King Institute of Preventive Medicine Micro-Biological Section reports 1912-19
Year: 1912
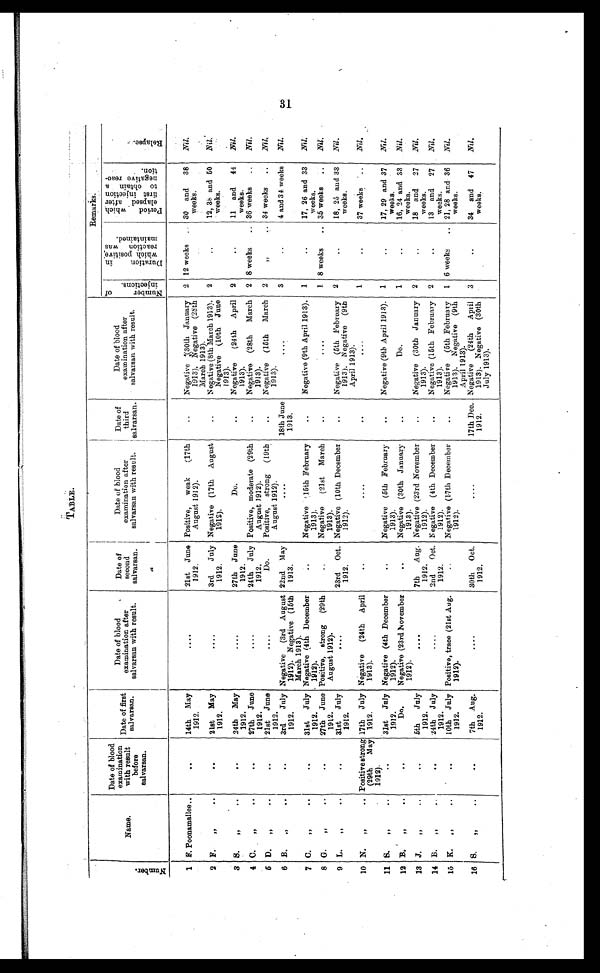
TABLE.
Nu mb e r .
Name.
Date of blood
examination
with result
before
salvarsan.
Date of first
salvarsan.
Date of blood
examination after
salvarsan with result.
Date of
second
salvarsan.
Date of blood
examination after
salvarsan with result.
Date of
third
salvarsan.
Date of blood
examination after
salvarsan with result.
Remarks.
Nu mb e r o f i n j e c t i o n s . D u r a t i o n i n w h i c h p o s i t i v e r e a c t i o n w a s m a i n t a i n e d .
P e r i o d w h i c h e l a p s e d a f t e r f i r s t i n j e c t i o n t o o b t a i n a n e g a t i v e r e a c - t i o n .
R e l a p s e .
1 F. Poonamallee..
..
14th May
1912.
....
21st June
1912.
Positive, weak
(17th
August 1912).
..
Negative (30th January
1913). Negative (28th
March 1913).
2 12 weeks .. 30 and 38
weeks.
Nil.
2 F.
"
..
..
21st May
1912.
....
3rd July
1912.
Negative (17th August
1912).
..
Negative (8th March 1913).
Negative (10th June
1913).
2
..
12, 38 and 50
weeks.
Nil
.
3 S.
"
..
..
24th May
1912.
....
27th June
1912.
Do.
..
Negative
(24th April
1913).
2
..
11 and 44
weeks.
Nil.
4 C.
"
..
..
27th June
1912.
....
24th July
1912.
Positive, moderate (29th
August 1912).
..
Negative (28th March
1913).
2 8 weeks
.. 36 weeks
..
Nil.
5 D.
"
..
..
21st June
1912.
....
Do.
Positive, strong (19th
August 1912).
..
Negative (15th March
1913).
2
"
.. 34 weeks
..
Nil.
6 B.
"
..
..
3rd July
1912.
Negative (3rd August
1912). Negative (15th
March 1913).
22nd May
1913.
....
18th June
1913.
....
3
..
4 and 34 weeks
Nil.
7 C.
"
..
..
31st July
1912.
Negative (4th December
1912).
..
Negative (15th February
1913).
..
Negative (9th April 1913). 1
..
17, 26 and 33
weeks.
Nil.
8 G. " ..
..
27th June
1912.
Positive, strong (29th
August 1912).
..
Negative (21st March
1913).
..
....
1 8 weeks
.. 35 weeks ..
Nil.
9 L.
"
..
..
31st July
1912.
....
23rd Oct.
1912.
Negative (10th December
1912).
..
Negative (5th February
1913). Negative (9th
April 1913).
2
..
18, 25 and 33
weeks.
Nil.
10 N.
"
.. Positive strong
(29th May
1912).
17th July
1912.
Negative (24th April
1913).
..
....
..
....
1
..
37 weeks ..
Nil.
11 S.
"
..
..
31st July
1912.
Negative (4th December
1912).
..
Negative (5th February
1913).
..
Negative (9th April 1913). 1
..
17, 29 and 37
weeks.
Nil.
12 B.
"
..
..
Do.
Negative (23rd November
1912).
..
Negative (30th January
1913).
..
Do.
1
..
16, 24 and 33
weeks.
Nil.
13 J.
"
..
..
5th July
1912.
....
7th Aug.
1912.
Negative (23rd November
1912).
..
Negative (30th January
1913).
2
..
18 and 27
weeks.
Nil.
14 B.
"
..
..
24th July
1912.
....
2nd
Oct.
1912.
Negative (4th December
1912).
..
Negative (15th February
1913).
2
..
13 and 27
weeks.
Nil.
15 K.
"
..
..
10th July
1912.
Positive, trace (21st Aug.
1912).
..
Negative (17th December
1912).
..
Negative (5th February
1913). Negative (9th
April 1913).
1 6 weeks
.. 21, 28 and 36
weeks.
Nil.
16 S.
"
..
..
7th Aug.
1912.
....
30th Oct.
1912.
....
17th Dec.
1912.
Negative (24th April
1913). Negative (30th
July 1913).
3
..
34 and 47
weeks.
Nil.
31